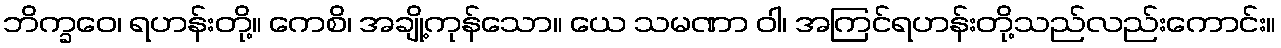
ဘိက္ခဝေ၊ ရဟန်းတို့။ ကေစိ၊ အချို့ကုန်သော။ ယေ သမဏာ ဝါ၊ အကြင်ရဟန်းတို့သည်လည်းကောင်း။